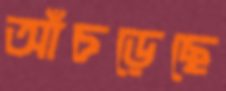
আঁচড়েছে